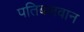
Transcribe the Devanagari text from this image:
पतिबलवान